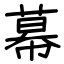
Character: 幕